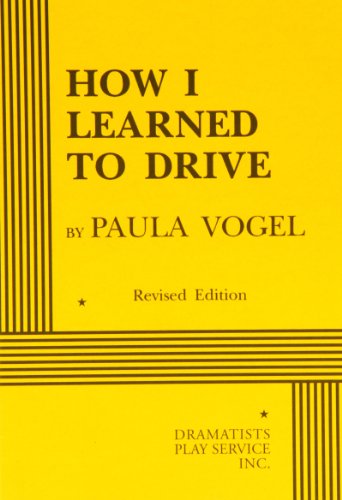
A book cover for How I Learned to Drive - Acting Edition; Paula Vogel; Literature & Fiction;